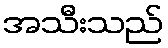
အသီးသည်